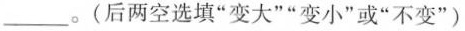
___。(后两空选填”变大””变小”或”不变”)